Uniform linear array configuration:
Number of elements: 32
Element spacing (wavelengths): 0.5
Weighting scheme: blackman
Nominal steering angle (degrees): -45
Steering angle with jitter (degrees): -45.651
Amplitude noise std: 0.05
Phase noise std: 0.05

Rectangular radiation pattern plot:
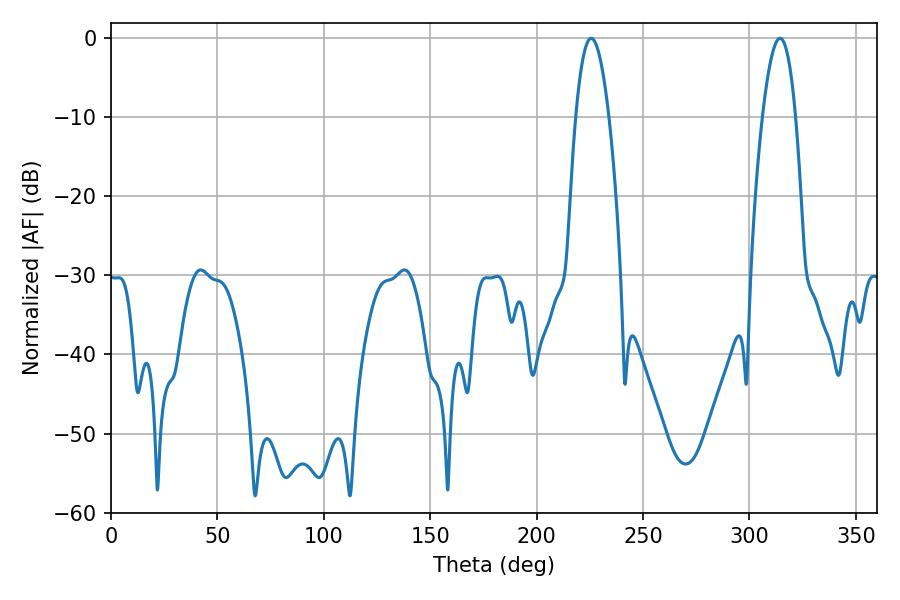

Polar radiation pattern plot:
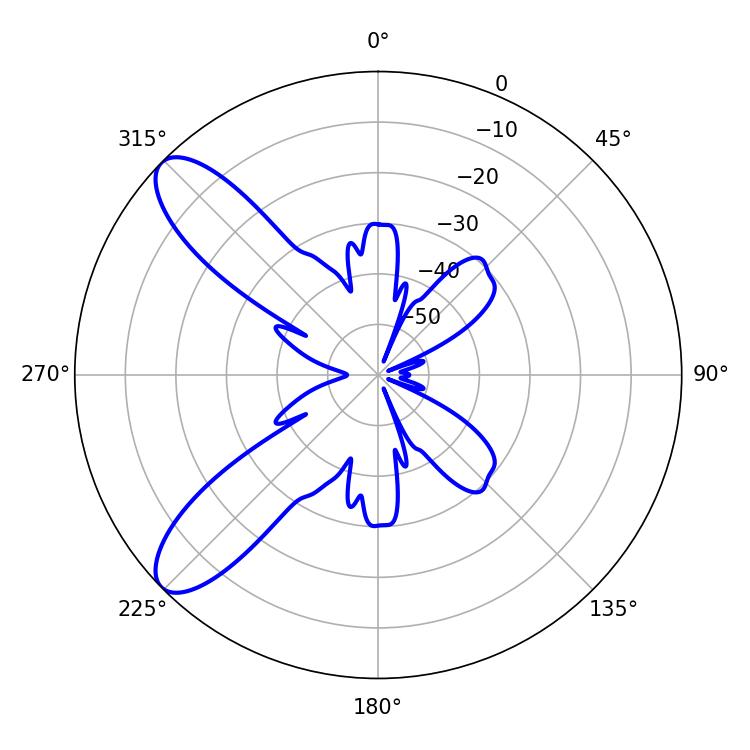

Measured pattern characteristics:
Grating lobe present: FALSE
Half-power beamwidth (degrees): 8.46
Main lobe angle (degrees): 225.72